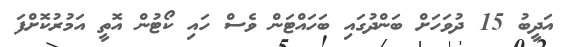
އަދީބު 15 ދުވަހަށް ބަންދުގައި ބަހައްޓަން ވެސް ހައި ކޯޓުން އޮތީ އަމުރުކޮށްފަ